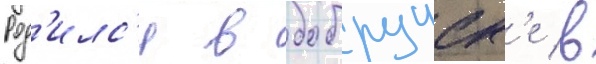
Род'илс'я в бобруиск'е в